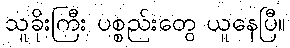
သူခိုးကြီး ပစ္စည်းတွေ ယူနေပြီ။